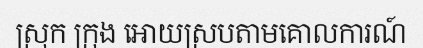
ស្រុក ក្រុង អោយស្របតាមគោលការណ៍